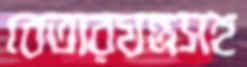
বেতারযন্ত্রসহ